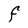
Character: F